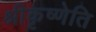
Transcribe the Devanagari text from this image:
श्रीकृष्णेति